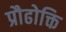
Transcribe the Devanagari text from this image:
प्रौढोक्ति